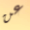
عن